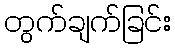
တွက်ချက်ခြင်း